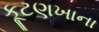
કૂટણખાના